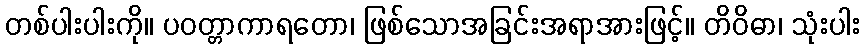
တစ်ပါးပါးကို။ ပဝတ္တာကာရတော၊ ဖြစ်သောအခြင်းအရာအားဖြင့်။ တိဝိဓာ၊ သုံးပါး